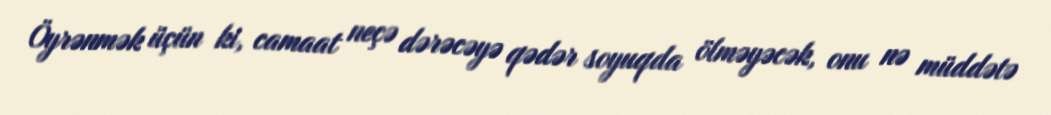
Öyrənmək üçün ki, camaat neçə dərəcəyə qədər soyuqda ölməyəcək, onu nə müddətə